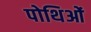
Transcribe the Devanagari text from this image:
पोथिओं